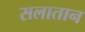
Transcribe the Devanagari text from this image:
सलातान